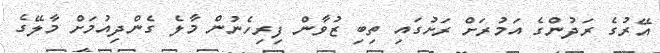
އޭރުގެ ރަދުންގެ އަމުރަށް ރަށުގައި ތިބި ޒުވާން ފިރިހެނުން މާލެ ގެންދިއުމަށް މާލޭގެ